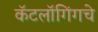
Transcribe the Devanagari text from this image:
कॅटलॉगिंगचे